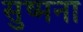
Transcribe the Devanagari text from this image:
सुष्मना